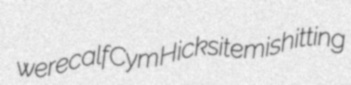
werecalf Cym Hicksite mishitting